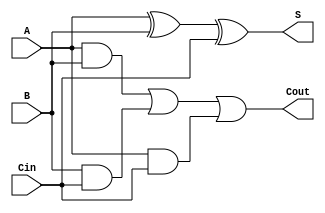
module async_full_adder (
    input wire A,       // First input operand
    input wire B,       // Second input operand
    input wire Cin,     // Carry-in input
    output wire S,      // Sum output
    output wire Cout     // Carry-out output
);

// Internal signals for intermediate calculations
wire A_xor_B;
wire A_and_B;
wire B_and_Cin;
wire A_and_Cin;

// Compute the sum output S = A XOR B XOR Cin
assign A_xor_B = A ^ B;          // First XOR
assign S = A_xor_B ^ Cin;        // Second XOR

// Compute the carry output Cout = (A AND B) OR (B AND Cin) OR (A AND Cin)
assign A_and_B = A & B;          // First AND
assign B_and_Cin = B & Cin;      // Second AND
assign A_and_Cin = A & Cin;      // Third AND
assign Cout = A_and_B | B_and_Cin | A_and_Cin; // OR for carry-out

endmodule